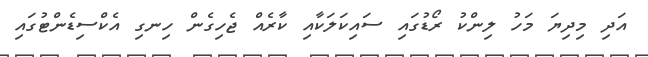
އަދި މިދިޔަ މަހު ލިންކު ރޯޑުގައި ސައިކަލަކާއި ކާރެއް ޖެހިގެން ހިނގި އެކްސިޑެންޓުގައި